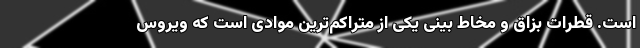
است. قطرات بزاق و مخاط بینی یکی از متراکم‌ترین موادی است که ویروس